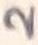
Text: 2